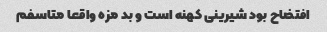
افتضاح بود شیرینی کهنه است و بد مزه واقعا متاسفم